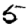
Digit: 5